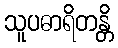
သူပဓာရိတန္တိ